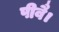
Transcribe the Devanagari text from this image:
पीवै।